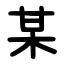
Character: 某